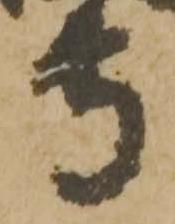
寺